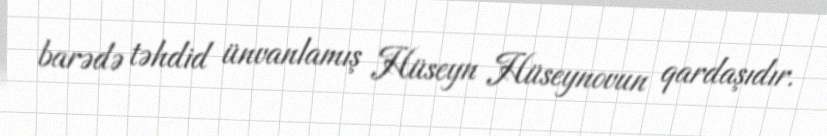
barədə təhdid ünvanlamış Hüseyn Hüseynovun qardaşıdır.